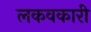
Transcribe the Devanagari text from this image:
लकवकारी